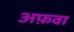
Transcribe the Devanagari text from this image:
अफ़वा